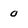
Character: 0